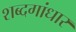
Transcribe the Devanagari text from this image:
शब्दगांधार